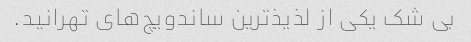
بی شک یکی از لذیذ‌ترین ساندویچ‌های تهرانید.